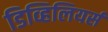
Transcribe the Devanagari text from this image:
डिव्हिलियर्स